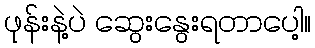
ဖုန်းနဲ့ပဲ ဆွေးနွေးရတာပေါ့။